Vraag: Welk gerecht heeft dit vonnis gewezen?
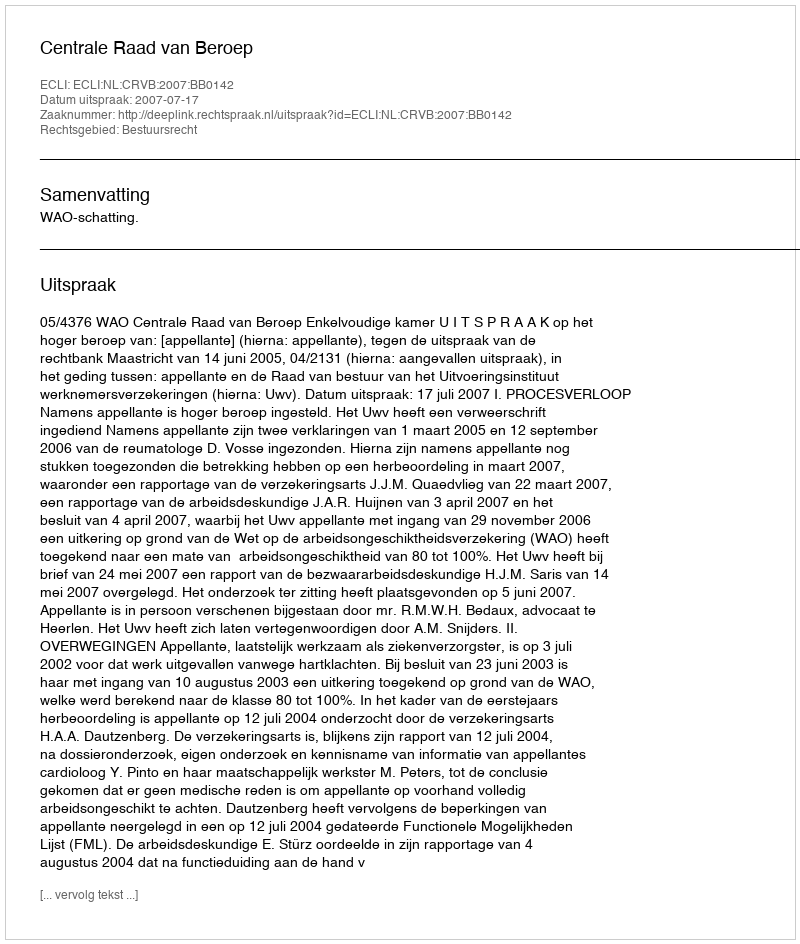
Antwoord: Centrale Raad van Beroep